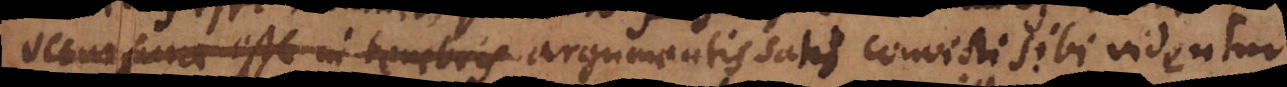
occursura esse in tenebris satis convicti sibi videntur